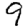
Digit: 9